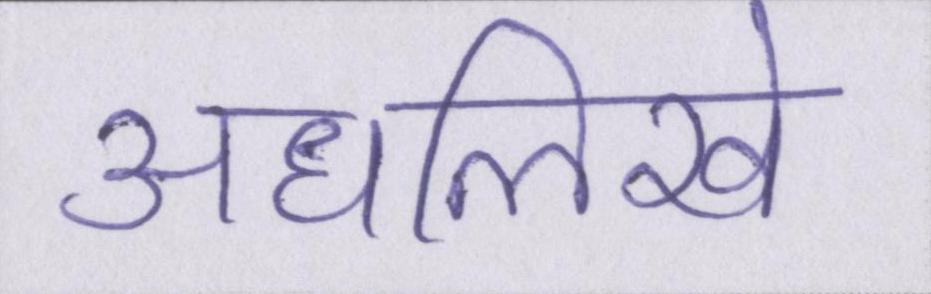
अधलिखे